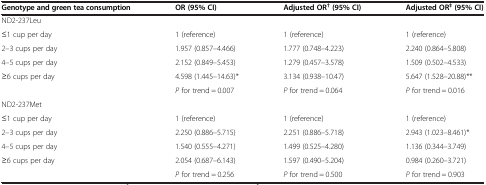
<table><thead><tr><td><b>Genotype and green tea consumption</b></td><td><b>OR (95% CI)</b></td><td><b>Adjusted OR<sup>†</sup> (95% CI)</b></td><td><b>Adjusted OR<sup>‡</sup> (95% CI)</b></td></tr></thead><tbody><tr><td colspan="4">ND2-237Leu</td></tr><tr><td>≤1 cup per day</td><td>1 (reference)</td><td>1 (reference)</td><td>1 (reference)</td></tr><tr><td>2–3 cups per day</td><td>1.957 (0.857–4.466)</td><td>1.777 (0.748–4.223)</td><td>2.240 (0.864–5.808)</td></tr><tr><td>4–5 cups per day</td><td>2.152 (0.849–5.453)</td><td>1.279 (0.457–3.578)</td><td>1.509 (0.502–4.533)</td></tr><tr><td>≥6 cups per day</td><td>4.598 (1.445–14.63)*</td><td>3.134 (0.938–10.47)</td><td>5.647 (1.528–20.88)**</td></tr><tr><td> </td><td><i>P</i> for trend = 0.007</td><td><i>P</i> for trend = 0.064</td><td><i>P</i> for trend = 0.016</td></tr><tr><td colspan="4">ND2-237Met</td></tr><tr><td>≤1 cup per day</td><td>1 (reference)</td><td>1 (reference)</td><td>1 (reference)</td></tr><tr><td>2–3 cups per day</td><td>2.250 (0.886–5.715)</td><td>2.251 (0.886–5.718)</td><td>2.943 (1.023–8.461)*</td></tr><tr><td>4–5 cups per day</td><td>1.540 (0.555–4.271)</td><td>1.499 (0.525–4.280)</td><td>1.136 (0.344–3.749)</td></tr><tr><td>≥6 cups per day</td><td>2.054 (0.687–6.143)</td><td>1.597 (0.490–5.204)</td><td>0.984 (0.260–3.721)</td></tr><tr><td> </td><td><i>P</i> for trend = 0.256</td><td><i>P</i> for trend = 0.500</td><td><i>P</i> for trend = 0.903</td></tr></tbody></table>